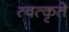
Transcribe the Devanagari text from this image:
त्वत्कृते